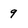
Character: 9